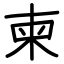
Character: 柬